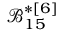
\boldsymbol { \mathcal { B } _ { 1 5 } ^ { * [ 6 ] } }